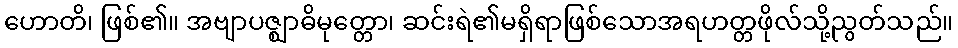
ဟောတိ၊ ဖြစ်၏။ အဗျာပဇ္ဈာဓိမုတ္တော၊ ဆင်းရဲ၏မရှိရာဖြစ်သောအရဟတ္တဖိုလ်သို့ညွတ်သည်။